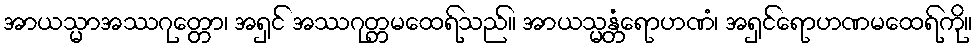
အာယသ္မာအဿဂုတ္တော၊ အရှင် အဿဂုတ္တမထေရ်သည်။ အာယသ္မန္တံရောဟဏံ၊ အရှင်ရောဟဏမထေရ်ကို။